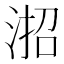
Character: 𪶎